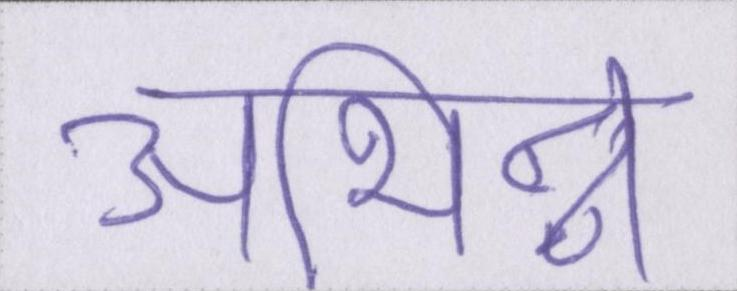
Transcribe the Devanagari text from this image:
अभिन्न